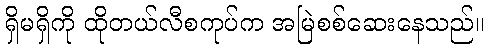
ရှိမရှိကို ထိုတယ်လီစကုပ်က အမြဲစစ်ဆေးနေသည်။